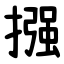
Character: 摾